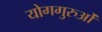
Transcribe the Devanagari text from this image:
योगगुरुओं